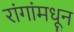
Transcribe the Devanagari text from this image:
रांगांमधून